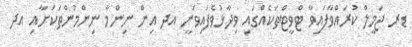
ޑރ ޖަމީލް ކުރައްވާފައިވާ ޓްވީޓްތަކެއްގައި ވިދާޅުވެފައިވަނީ އދ އިން ނިންމާ ނިންމުންތަކަށާއި އދ